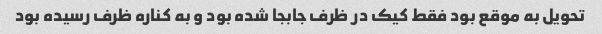
تحویل به موقع بود فقط کیک در ظرف جابجا شده بود و به کناره ظرف رسیده بود